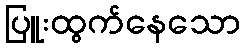
ပြူးထွက်နေသော